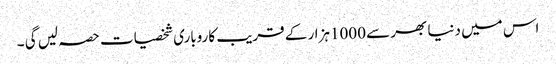
اس میں دنیا بھر سے 1000ہزار کے قریب کاروباری شخصیات حصہ لیں گی ۔